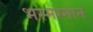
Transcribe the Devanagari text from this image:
भस्मस्नान